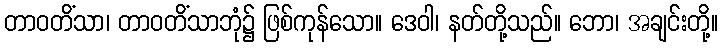
တာဝတိံသာ၊ တာဝတိံသာဘုံ၌ ဖြစ်ကုန်သော။ ဒေဝါ၊ နတ်တို့သည်။ ဘော၊ အချင်းတို့။